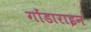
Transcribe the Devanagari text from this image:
गोंडाराइन